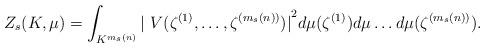
LaTeX: \begin{align*}Z_{s}(K,\mu )=\int_{K^{m_{s}(n)}}{\lvert \ V(\zeta ^{(1)},\ldots ,\zeta ^{(m_{s}(n))})\rvert }^{2}d\mu (\zeta ^{(1)})d\mu\ldots d\mu (\zeta ^{(m_{s}(n))}). \end{align*}